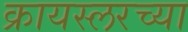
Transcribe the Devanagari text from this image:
क्रायस्लरच्या